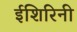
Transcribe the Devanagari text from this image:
ईशिरिनी